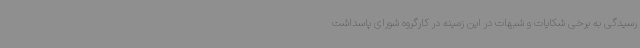
رسیدگی به برخی شکایات و شبهات در این زمینه در کارگروه شورای پاسداشت